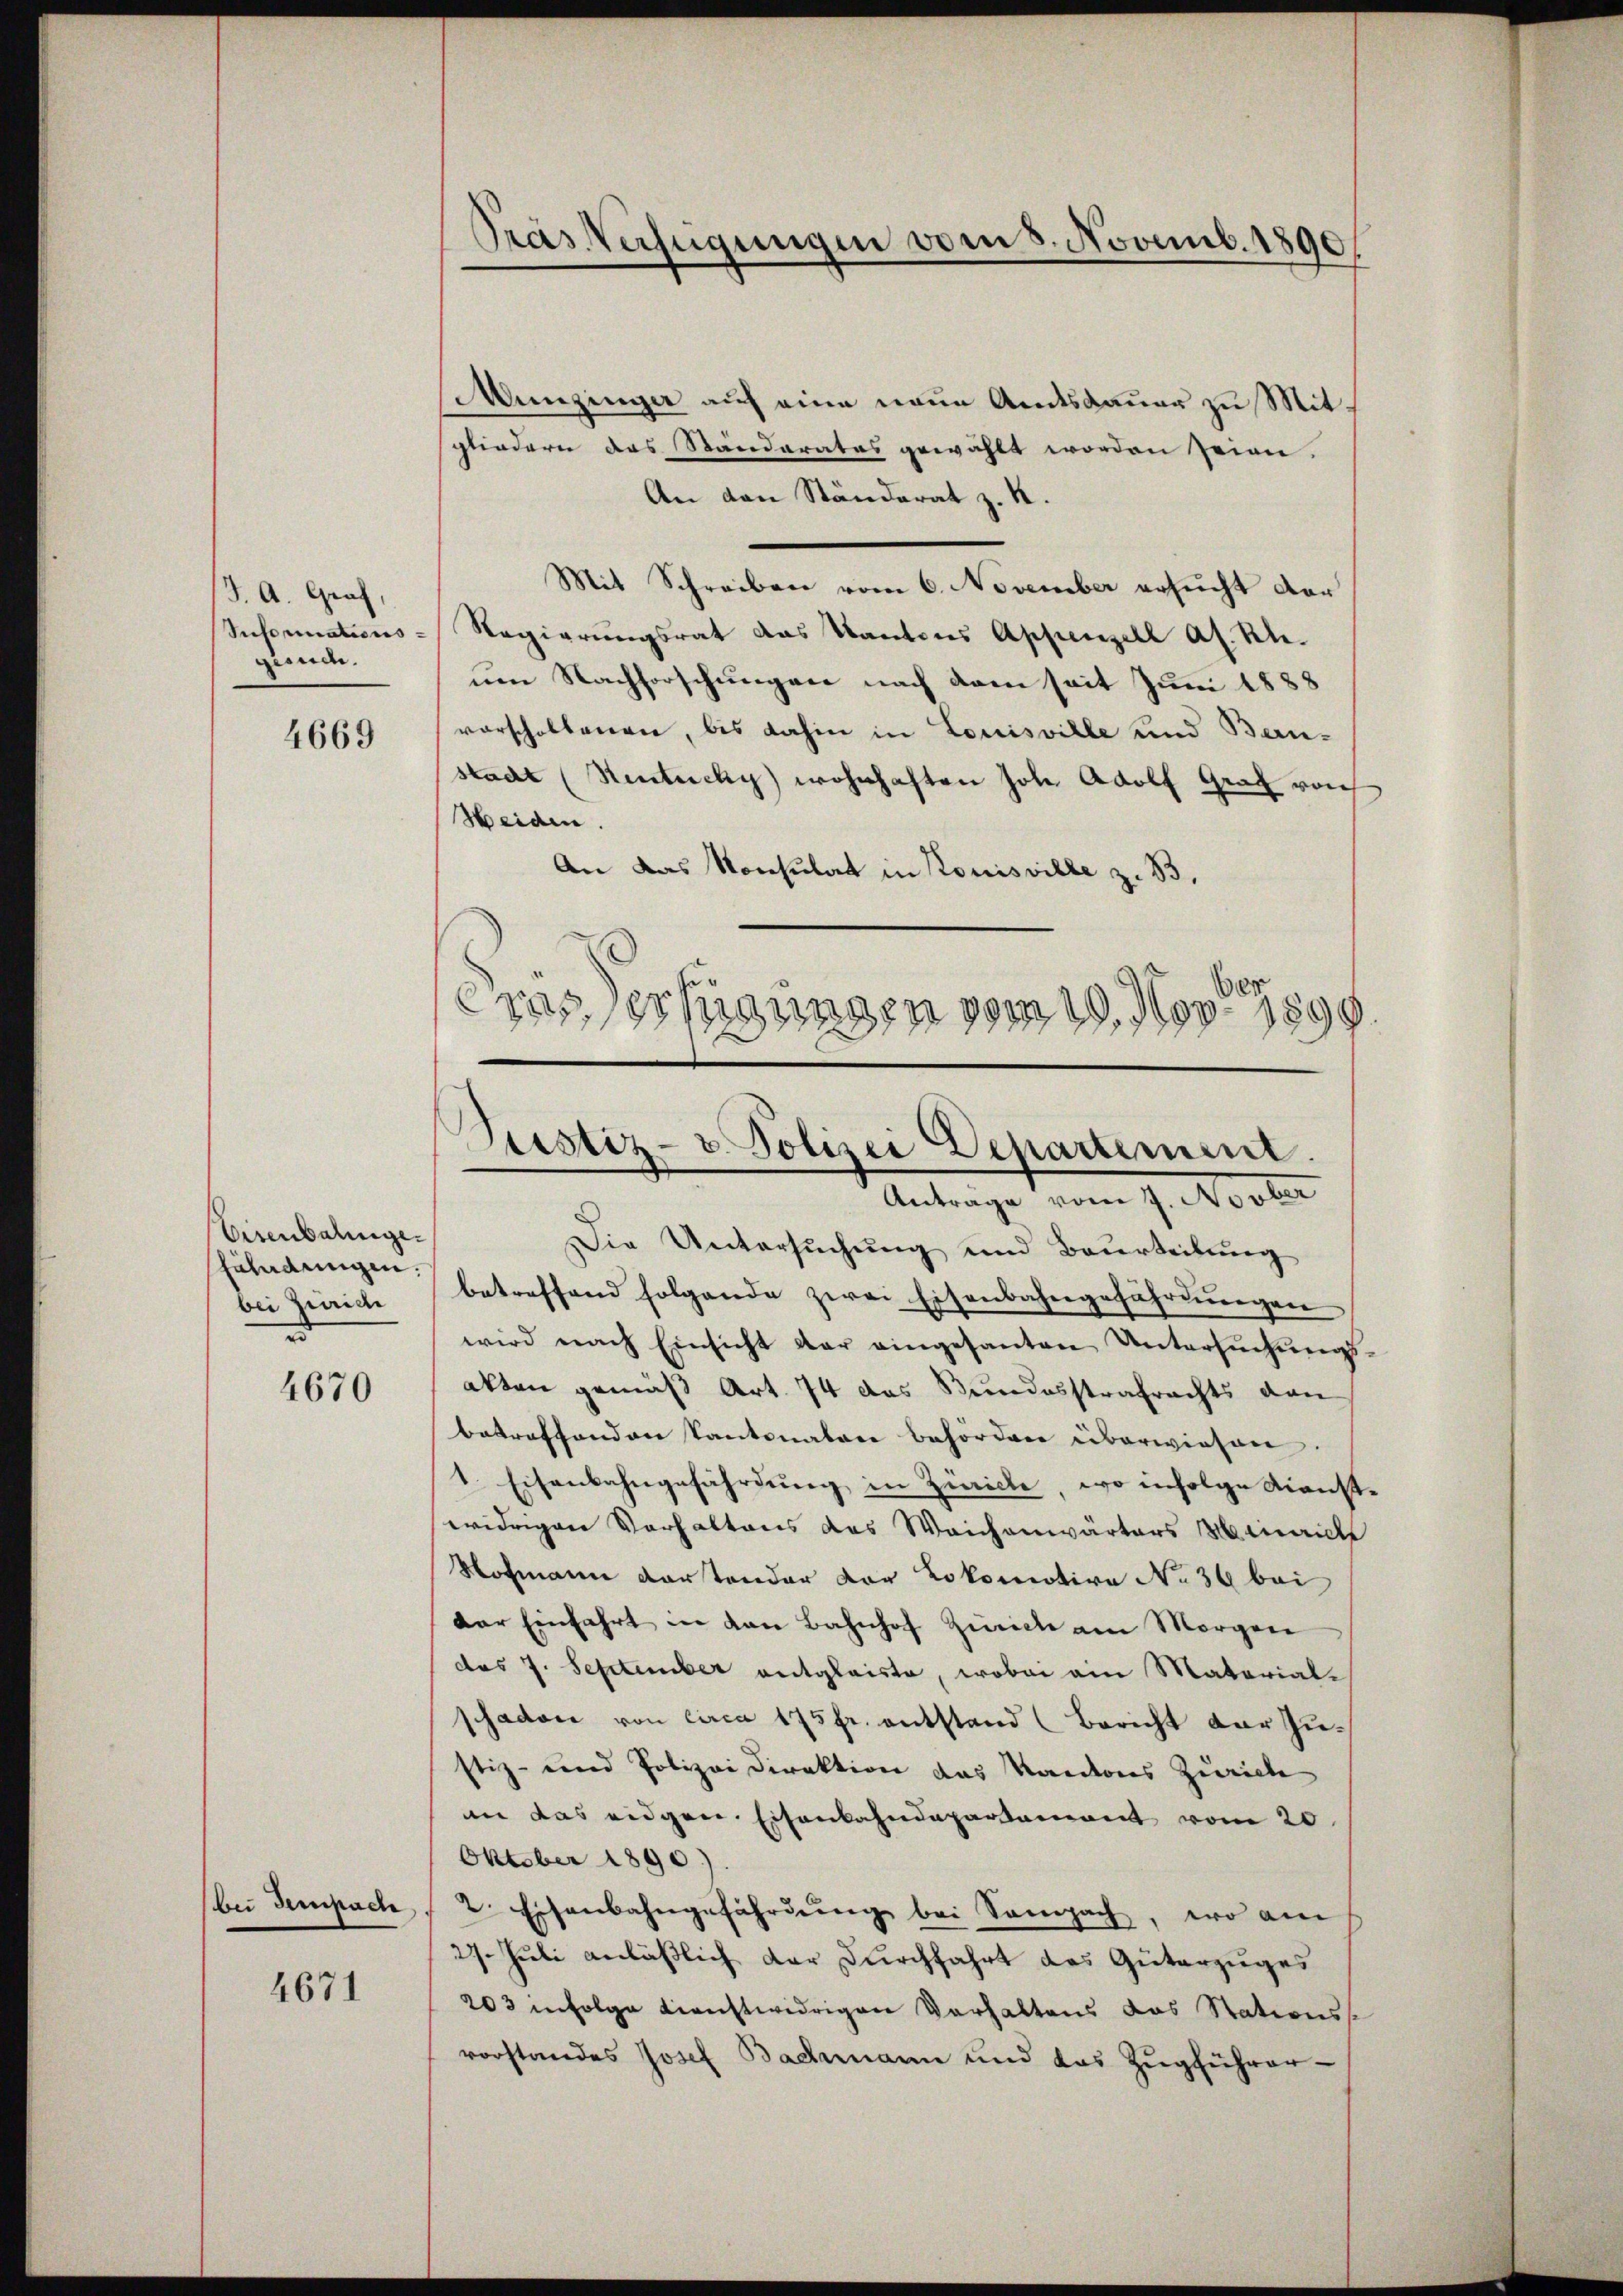
J. A. Graf,
zisuch.

4669

Eisenbahnge¬
Fahndungen.
bei Zürich
u

4670

4671

Die Untersuchung und Beurteilung
betreffend folgende zwei Eisenbahngeführŭngen
wird nach Einsicht der eingesanten Untersŭchŭngs-
akten gemäß Art. 74 das Bundesstrafrachts dan
betreffenden Kantonatar behörden überwiesen.
1. Eisenbahngefährdung in Zürich, wo infolge Dienstwidrigen Verhaltens des Weichenwärters Heinrich
Hofmann dartender Dor Lokomotive No 36 bei
der Einfahrt in den Bahnhof Zürich am Morgen
des 7. September entgleiste, wobei ain Material¬
Schaden von circa 175 fr. entstand (Bericht der Zustiz- und Polizei Direktion das Kantons Zürich
an das eidgen. Eisenbahndepartement vom 20.
Oktober 1890.)
(bei Sempach 2. Eisenbahngefährdŭng bei Sempach, wo am
27. Juli anläßlich der Durchfahrt des Güterzuges
203 infolge direchtwidrigen Verhaltens das Stationss
vorstandes Josef Bachmann und das Zŭgführer-

Pras Verfügungen vom 8. Novemb. 1890

Munzinger auf eine neue Amtsdauer zu Mitgliedern das Ständerates gewählt worden seien.
An den Ständerat z. K.
Mit Schreiben vom 6. November ersucht der
Seformations-Regierungsrat das Kantons Appenzell a. Rh.
um Nachforschungen nach dem seit Juni 1888
vorscholtenen, bis dahin in Louisville und Baustadt (Rentuchy wohnhaften Joh. Adolf Graf von
Weiden.
An das Konsulat in Kouisville z. B.
Das erfügungen vom 19. Nov. 1899.

Justiz- & Polizei Departement.
Antrage vom 7. Novber